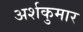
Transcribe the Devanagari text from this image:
अर्शकुमार